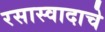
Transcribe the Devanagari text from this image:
रसास्वादाचे